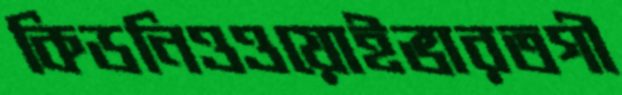
কিডনিওওয়োইভারতগী